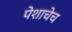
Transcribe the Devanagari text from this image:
पेशाचेच